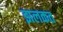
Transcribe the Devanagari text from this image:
झलकत